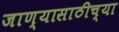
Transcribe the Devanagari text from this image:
जाण्यासाठीच्या